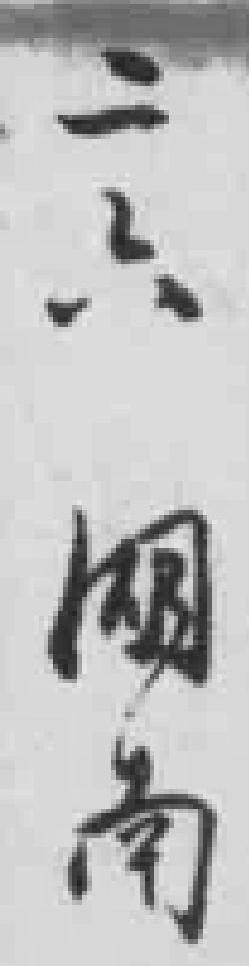
二六湖南